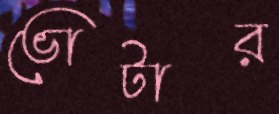
ভোটার